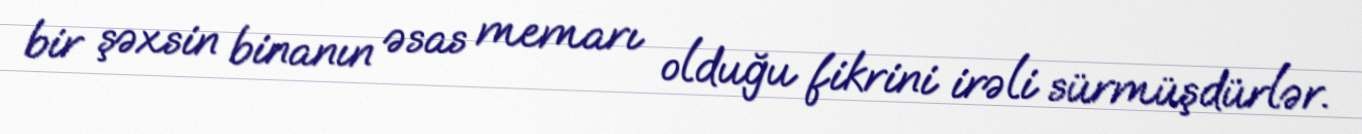
bir şəxsin binanın əsas memarı olduğu fikrini irəli sürmüşdürlər.